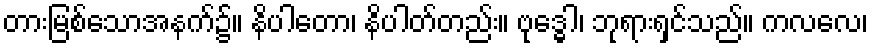
တားမြစ်သောအနက်၌။ နိပါတော၊ နိပါတ်တည်း။ ဗုဒ္ဓေါ၊ ဘုရားရှင်သည်။ ကလလေ၊